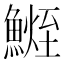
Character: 𩺧